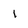
Character: 1